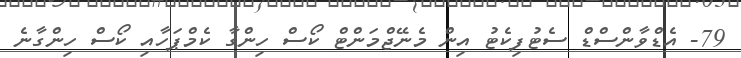
79- އެޑްވާންސްޑް ސެޓުފިކެޓު އިން މެނޭޖްމަންޓް ކޯސް ހިންގާ ކެމްޕަހާއި ކޯސް ހިންގާނެ